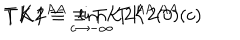
{ \bf T K 2 } ^ { A A } \equiv { \bf T K 2 } ^ { A A } ( 0 ) \hspace { 2 c m } { \bf T K 1 } \equiv \lim _ { c \rightarrow - \infty } { \bf T K 2 } ^ { A A } ( c )